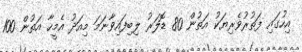
އިހުގައި ފަތުރުވެރިޔަކު އަތުން 80 ޑޮލަރު ލިބިފައިވާނަމަ މިއަދު އެމީހާ އަތުން 100